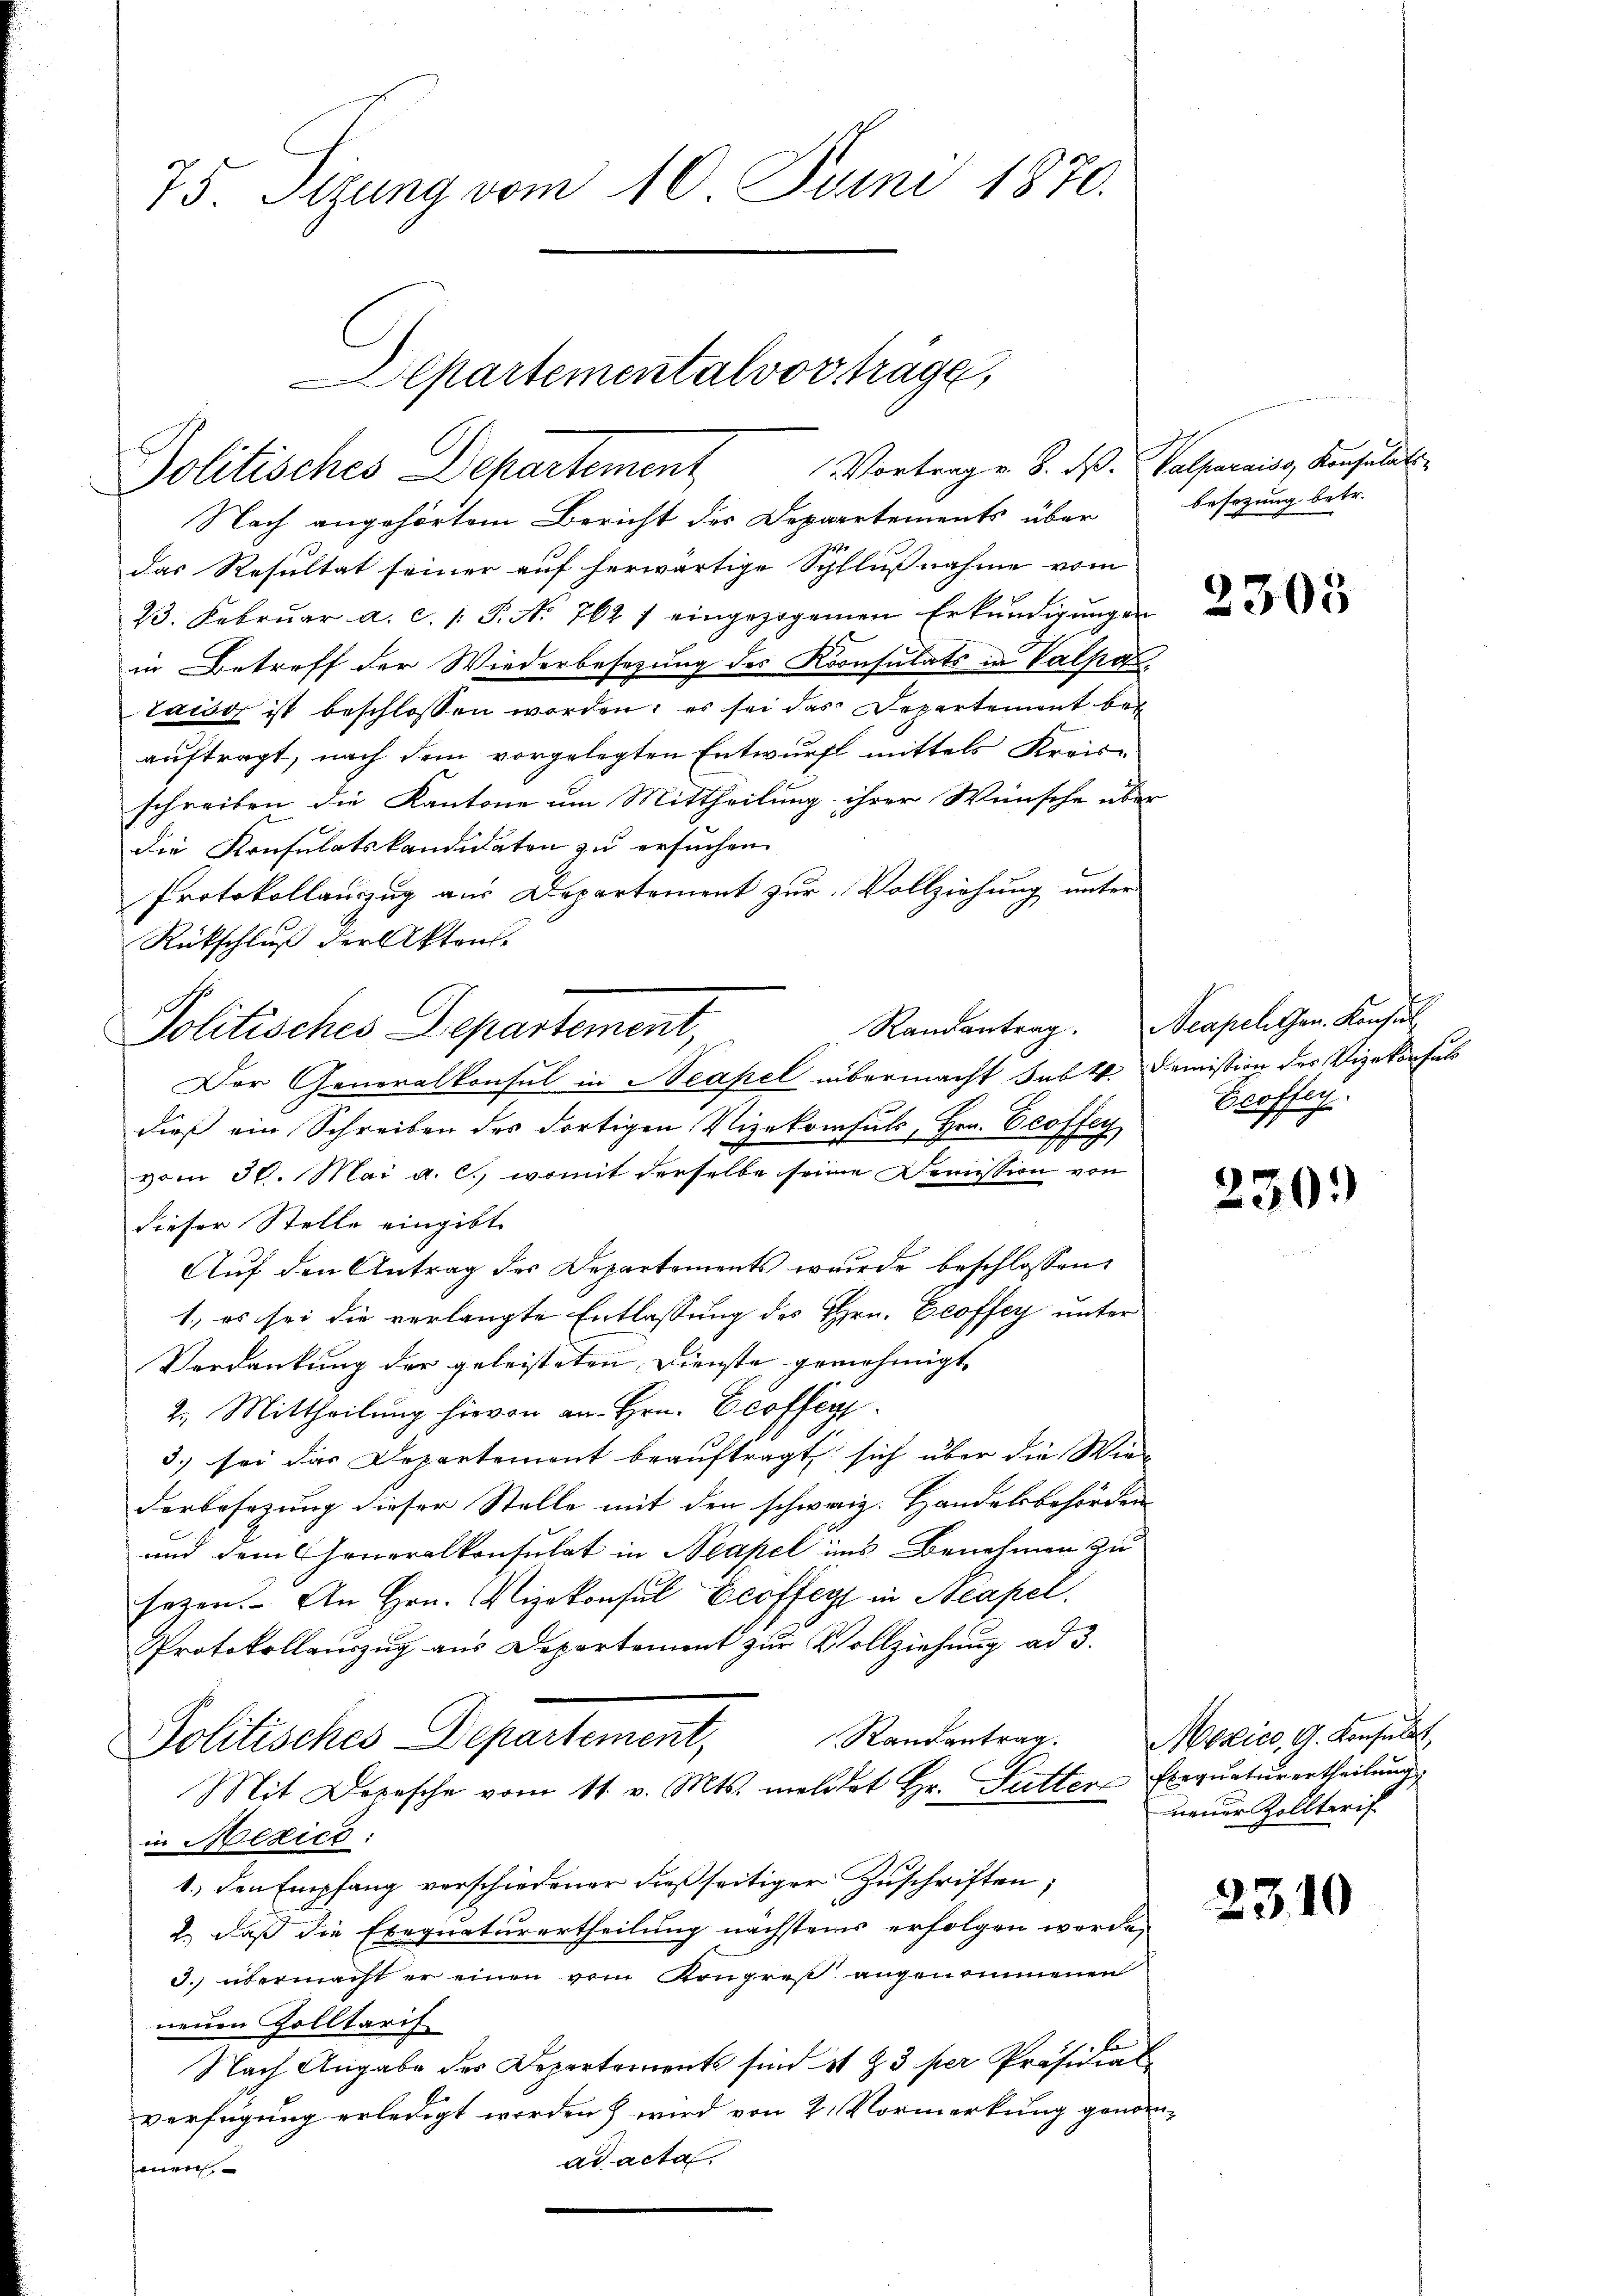
75. Stzung vom 10. Juni 1870.

Departementalvorträge,
Politisches Departement

Politisches Departement,

Vortrag v. 8. d. Valparaiss, Konsulat
Nach angehörtem Bericht der Departements über
das Resultat seiner auf herwärtige Schlußnahme vom
23. Februar a. c. 1 S. No. 762 / eingezogenen Erkundigungen
in Betreff der Wiederbesezung des Konsulats in Valpa
taig ist beschlossen worden; es sei das Departement beauftragt, nach dem vorgelegten Entwurf mittels Kreis-
schreiben die Kantone um Mittheilung ihrer Wünsche über
die Konsulatskandidaten zu ersuchen.
Protokollauszug aus Departement zur Vollziehung unter
Rückschluß der Akten.
Der Generalkonsul in Neapel übermacht habt. Demission der Vizekonsul
dieß ein Schreiben des dortigen Vizekonsuls, Hrn. Croffen
vom 30. Mai a. c., womit derselbe seine Demission von
dieser Stelle eingibt.
Auf den Antrag des Departements wurde beschlossen:
1.) es sei die verlangte Entlassung des Hrn. Ecoffey unter
Verdankung der geleisteten Dienste genehmigt,
2. Mittheilung hievon an Hrn. Ecoffig
3.) sei das Departement beauftragt sich über die Wiederbesezung dieser Stelle mit den schweiz. Handelsbehörden
und dem Generalkonsulat in Neapel ins Benehmen zu
sezen. An Hrn. Vizekonsul Ecoffege in Neapel.
Protokollauszug aus Departement zur Vollziehung ad 3.
Randantrag.
Politisches Departement,
Mit Dopesche vom 11. v. Mts. meldet Hr. Futter Exequatierertheilŭng
in Mexica.
1.) den Empfang verschiedener dießseitiger Zuschriften;
2.) Daß die Exequaturertheilung nächstens erfolgen werde,
3. übermacht er einen vom Kongreß angenommenen
nenen Zolltarif
Nach Angabe der Departements sind 11 & 3 per Präsidial-
verfügung erledigt worden & wird von 2. Vormerkung genomad acta.
senen

besezung betr.

2305

Randantrag. Neapellen. Konsul
Ecoffen.

230.

osico, G. Konsulat
neuer Zolltarif

2310